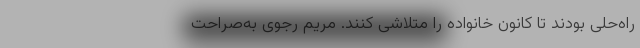
راه‌حلی بودند تا کانون خانواده را متلاشی کنند. مریم رجوی به‌صراحت